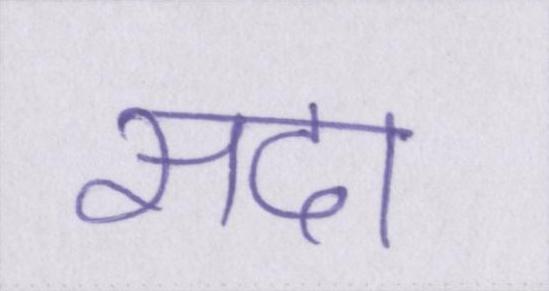
सदा